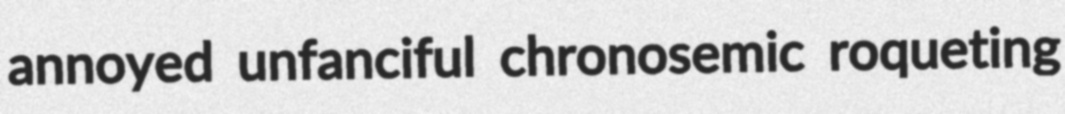
annoyed unfanciful chronosemic roqueting